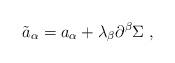
LaTeX: \begin{align*}{\tilde a}_\alpha = a_\alpha + \lambda_\beta \partial^\beta \Sigma\;,\end{align*}